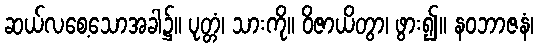
ဆယ်လစေ့သောအခါ၌။ ပုတ္တံ၊ သားကို။ ဝိဇာယိတွာ၊ ဖွား၍။ နဝဘာဇနံ၊